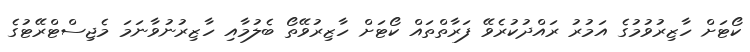
ކޯޓަށް ހާޒިރުވުމުގެ އަމުރު ރައްދުކުރެވޭ ފަރާތްތައް ކޯޓަށް ހާޒިރުވޭތޯ ބެލުމާއި ހާޒިރުނުވާނަމަ މެޖިސްޓްރޭޓުގެ